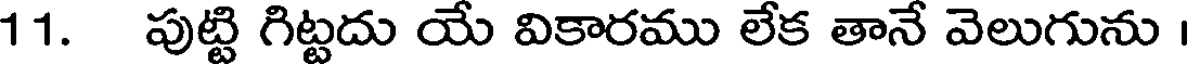
11. పుట్టి గిట్టదు యే వికారము లేక తానే వెలుగును